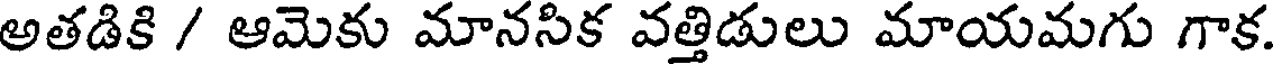
అతడికి / ఆమెకు మానసిక వత్తిడులు మాయమగు గాక